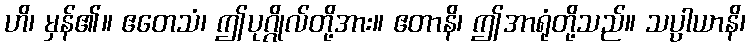
ဟိ၊ မှန်၏။ ဧတေသံ၊ ဤပုဂ္ဂိုလ်တို့အား။ ဧတာနိ၊ ဤအာရုံတို့သည်။ သပ္ပာယာနိ၊